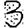
Digit: 3